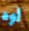
أوه